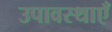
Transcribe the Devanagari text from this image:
उपावस्थाएँ